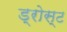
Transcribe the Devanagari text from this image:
ड्रोस्ट